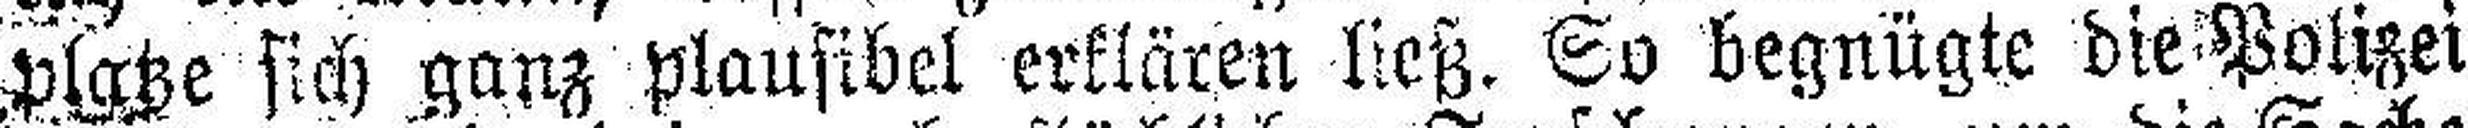
platze sich ganz plausibel erklären ließ. So begnügte die Polizei